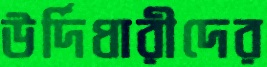
উর্দিধারীদের